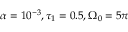
\alpha = 1 0 ^ { - 3 } , \tau _ { 1 } = 0 . 5 , \Omega _ { 0 } = 5 \pi